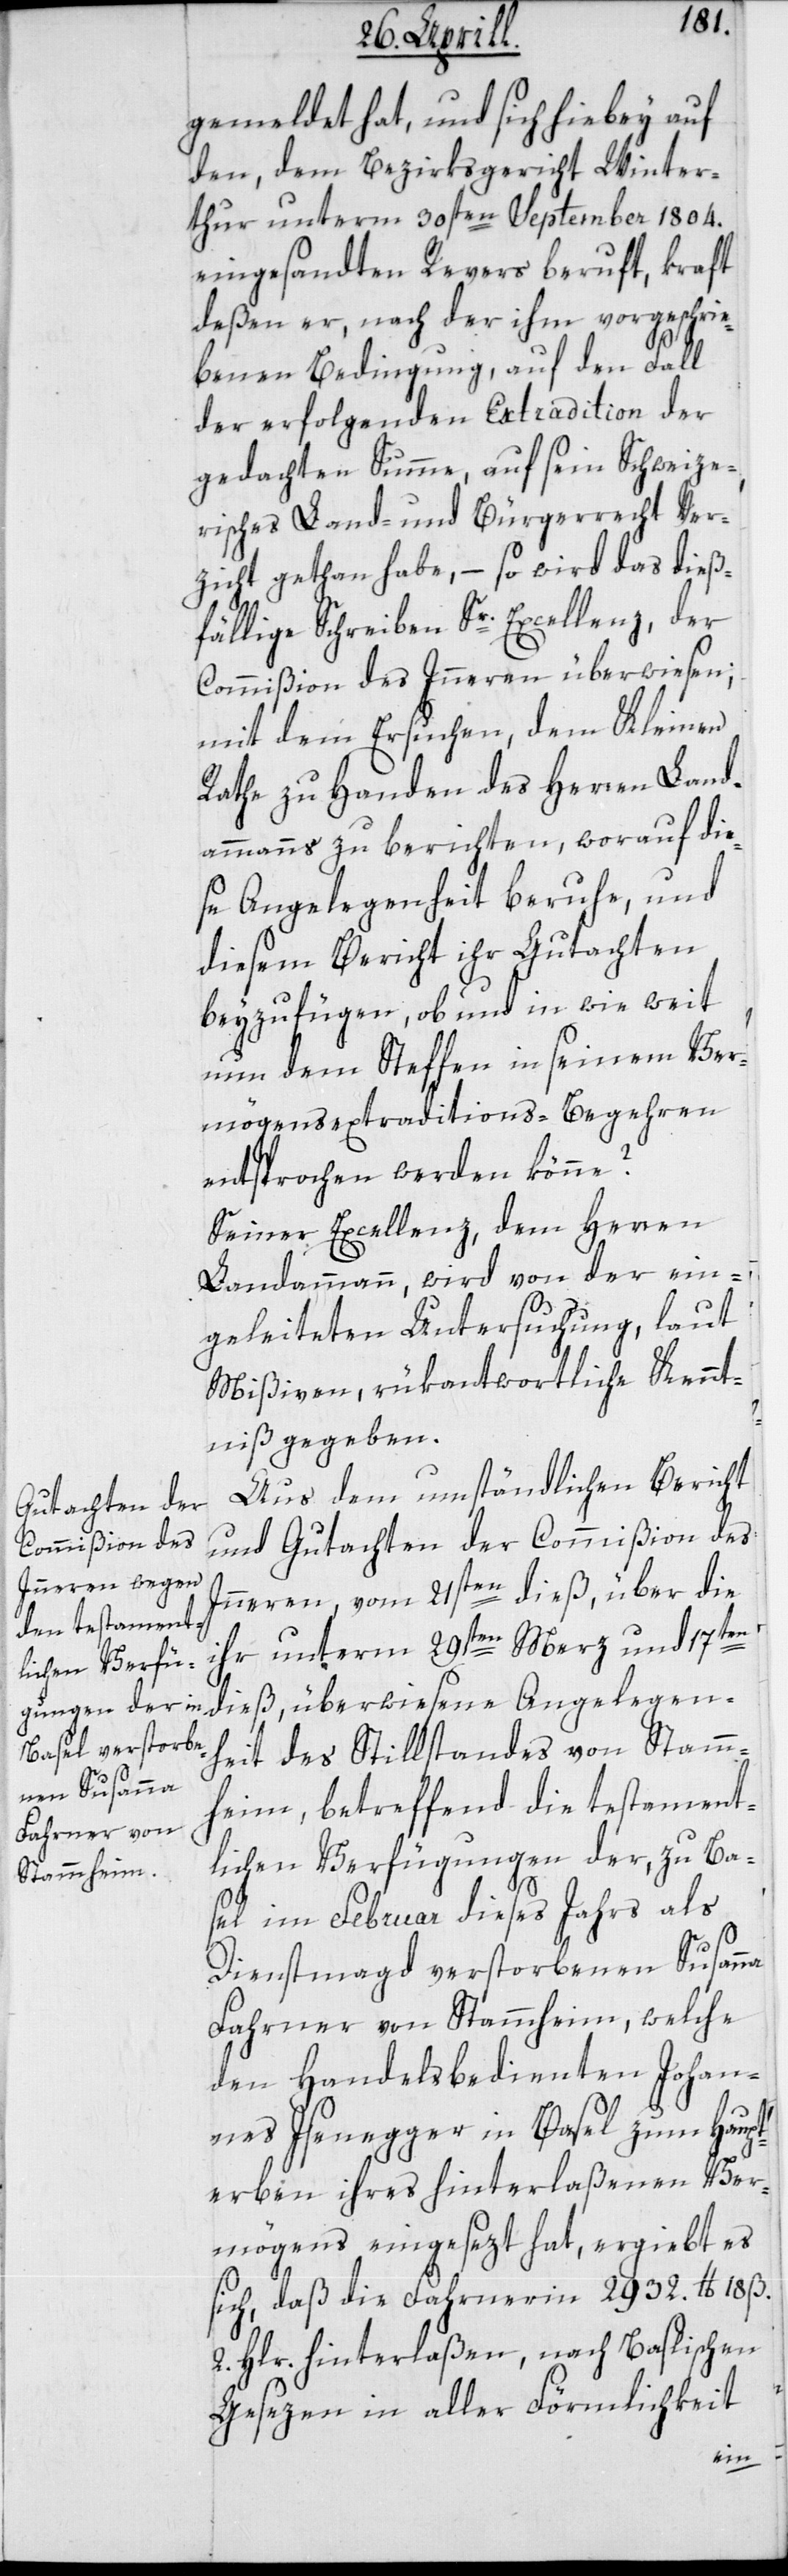
gemeldet hat, und sich hiebey auf
den, dem Bezirksgericht Winter¬
thur unterm 30sten September 1804.
eingesandten Revers beruft, kraft
deßen er, nach der ihm vorgeschrie¬
benen Bedingung, auf den Fall
der erfolgenden Extradition der
gedachten Summe, auf sein Schweize¬
risches Land- und Bürgerrecht Ver¬
zicht gethan habe, – so wird das dieß¬
fällige Schreiben Sr. Excellenz, der
Commißion des Innern überwiesen,
mit dem Ersuchen, dem Kleinen
Rathe zu Handen des Herren Land¬
ammanns zu berichten, worauf die¬
se Angelegenheit beruhe, und
diesem Bericht ihr Gutachten
beyzufügen, ob und in wie weit
nun dem Steffen in seinem Ver¬
mögensextraditions-Begehren
entsprochen werden könne?
Seiner Excellenz dem Herren
Landammann wird von der ein¬
geleiteten Untersuchung, laut
Mißiven, rükantwortliche Kennt¬
niß gegeben.
Aus dem umständlichen Bericht
und Gutachten der Commißion des
Innern vom 21sten dieß, über die
ihr unterm 29sten Merz und 17ten
dieß, überwiesene Angelegen¬
heit des Stillstandes von Stamm¬
heim, betreffend die testament¬
lichen Verfügungen der, zu Ba¬
sel im Februar dieses Jahrs als
Dienstmagd verstorbenen Susanna
Fahrner von Stammheim, welche
den Handelsbedienten Johan¬
nes Isenegger in Basel zum Haupt¬
erben ihres hinterlaßenen Ver¬
mögens eingesezt hat, ergiebt es
sich, daß die Fahrnerin 2932. lb 18 ß.
2. Hlr. hinterlaßen, nach Baslischen
Gesezen in aller Förmlichkeit